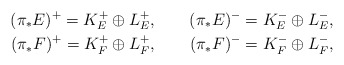
\begin{align*}(\pi_*E)^+=K_E^+\oplus L_E^+,\qquad(\pi_*E)^-=K_E^-\oplus L_E^-,\\(\pi_*F)^+=K_F^+\oplus L_F^+,\qquad(\pi_*F)^-=K_F^-\oplus L_F^-,\end{align*}